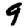
Digit: 9